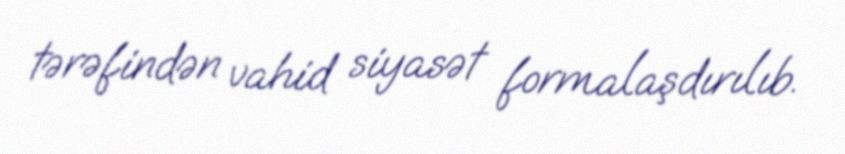
tərəfindən vahid siyasət formalaşdırılıb.